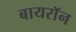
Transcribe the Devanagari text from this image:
बायराॅन